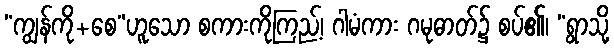
“ကျွန်ကို+စေ”ဟူသော စကားကိုကြည့်၊ ဂါမံကား ဂမုဓာတ်၌ စပ်၏၊ “ရွာသို့